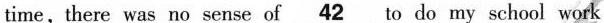
time, there was no sense of \underline{42} to do my school work